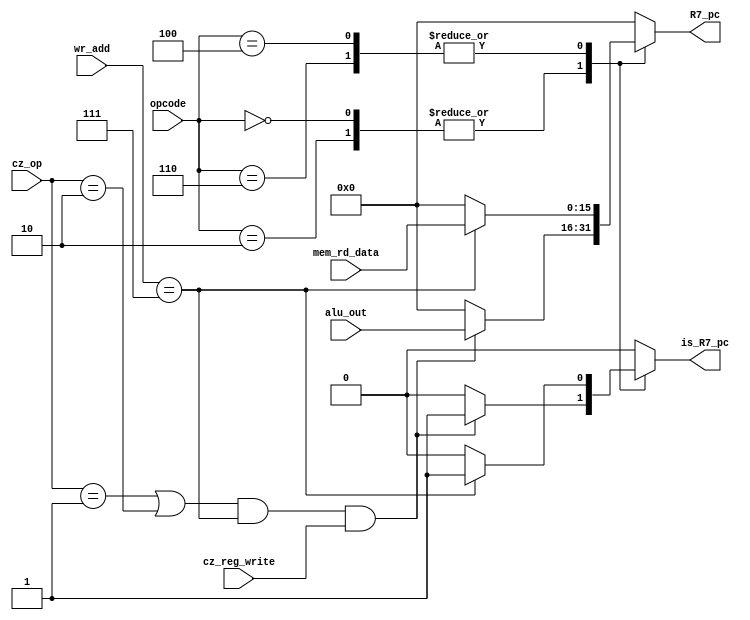
module MR_R7_decide (opcode,cz_op,wr_add,cz_reg_write,alu_out,mem_rd_data,is_R7_pc,R7_pc);

input [3:0] opcode;
input [2:0] wr_add;
input cz_reg_write;
input [15:0] alu_out, mem_rd_data;
input [1:0] cz_op;
output reg is_R7_pc;
output reg [15:0] R7_pc;

always @(*)
begin

case(opcode)

4'b0000, 4'b0010:		// ADC, ADZ, NDC, NDZ
begin

if( ( (cz_op == 2'b01) || (cz_op == 2'b10) ) && (wr_add == 3'b111) && cz_reg_write )
begin

is_R7_pc = 1;
R7_pc = alu_out;

end

else
begin

is_R7_pc = 0;
R7_pc = 16'h0000;

end

end

4'b0100, 4'b0110:		// LW LM
begin

if( wr_add == 3'b111)
begin

is_R7_pc = 1;
R7_pc = mem_rd_data;

end

else
begin

is_R7_pc = 0;
R7_pc = 16'h0000;

end

end


default:
begin

is_R7_pc = 0;
R7_pc = 16'h0000;		//won't be used

end

endcase

end

endmodule